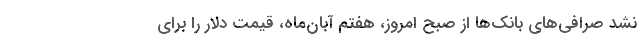
نشد صرافی‌های بانک‌ها از صبح امروز، هفتم آبان‌ماه، قیمت دلار را برای